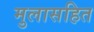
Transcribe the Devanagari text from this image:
मुलासहित